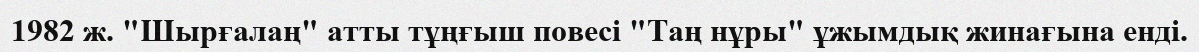
1982 ж. "Шырғалаң" атты тұңғыш повесі "Таң нұры" ұжымдық жинағына енді.